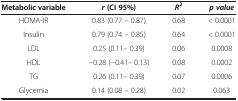
| Metabolic variable | r (CI 95%) | R2 | p value |
 | --- | --- | --- | --- |
 | HOMA-IR | 0.83 (0.77 – 0.87) | 0.68 | < 0.0001 |
 | Insulin | 0.79 (0.74 – 0.85) | 0.64 | < 0.0001 |
 | LDL | 0.25 (0.11– 0.39) | 0.06 | 0.0008 |
 | HDL | −0.28 (−0.41– 0.13) | 0.08 | 0.0002 |
 | TG | 0.26 (0.11– 0.39) | 0.07 | 0.0006 |
 | Glycemia | 0.14 (0.08 – 0.28) | 0.02 | 0.063 |